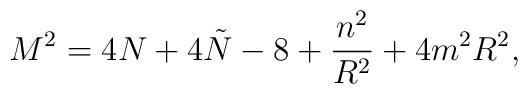
M^2 = 4N +4\tilde{N} - 8 + \frac{n^2}{R^2} + 4m^2 R^2 ,